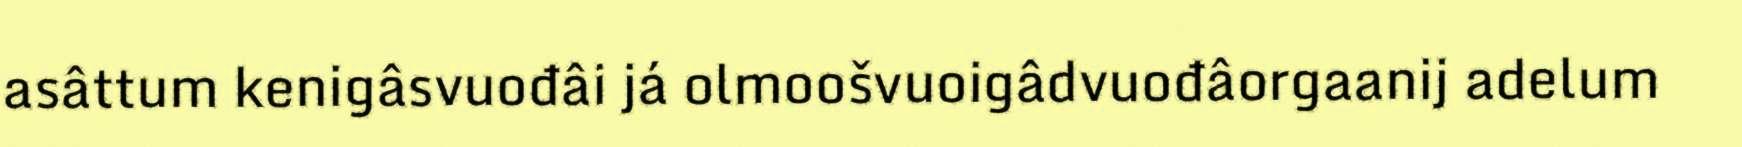
asâttum kenigâsvuođâi já olmoošvuoigâdvuođâorgaanij adelum